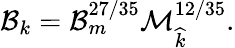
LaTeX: \mathcal{B}_{k}=\mathcal{B}_{m}^{27/35}\mathcal{M}_{\widehat{k}}^{12/35}.